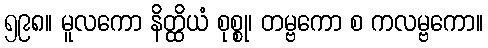
၅၉၈။ မူလကော နိတ္ထိယံ စုစ္စု၊ တမ္ဗကော စ ကလမ္ဗကော။